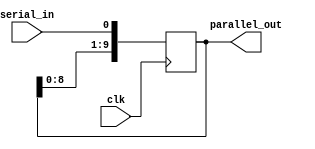

//Otra opcin de diseo para el

//Segmento de conversin de entrada en serie a salida en paralelo
//del bloque de receptor de la parte fsica de la PCIExpress.

module sipo(clk, serial_in, parallel_out);

input  clk, serial_in;     //clk:reloj; serial_in:entrada en serie
output [9:0] parallel_out; //salida en paralelo
reg    [9:0] tmp;          //almacena de forma temporal la entrada 
                           //para colocarla en la salida
     
always @(posedge clk)
begin
  tmp <= {tmp[8:0], serial_in};
end
   assign parallel_out = tmp;
endmodule